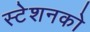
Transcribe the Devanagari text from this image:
स्टेशनको